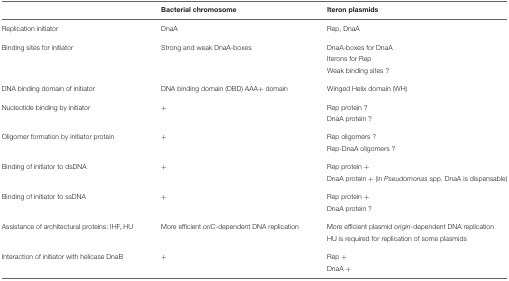
|  | Bacterial chromosome | Iteron plasmids |
 | --- | --- | --- |
 | Replication initiator | DnaA | Rep, DnaA |
 | Binding sites for initiator | Strong and weak DnaA-boxes | DnaA-boxes for DnaA |
 |  |  | Iterons for Rep |
 |  |  | Weak binding sites ? |
 | DNA binding domain of initiator | DNA binding domain (DBD) AAA+ domain | Winged Helix domain (WH) |
 | Nucleotide binding by initiator | + | Rep protein ? |
 |  |  | DnaA protein ? |
 | Oligomer formation by initiator protein | + | Rep oligomers ? |
 |  |  | Rep-DnaA oligomers ? |
 | Binding of initiator to dsDNA | + | Rep protein + |
 |  |  | DnaA protein + (in Pseudomonas spp. DnaA is dispensable) |
 | Binding of initiator to ssDNA | + | Rep protein + |
 |  |  | DnaA protein ? |
 | Assistance of architectural proteins: IHF, HU | More efficient oriC-dependent DNA replication | More efficient plasmid origin-dependent DNA replication |
 |  |  | HU is required for replication of some plasmids |
 | Interaction of initiator with helicase DnaB | + | Rep + |
 |  |  | DnaA + |